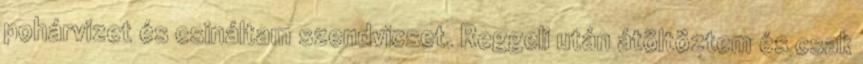
pohárvizet és csináltam szendvicset. Reggeli után átöltöztem és csak